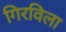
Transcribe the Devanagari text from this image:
गिरविला